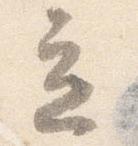
立